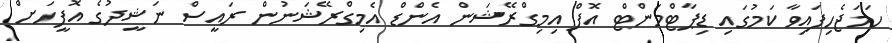
ހަމަޖެހިފައިވާ ކަމުގައި ޑިޕާޓްމަންޓް އޮފް އިމިގްރޭޝަން އެންޑް އެމިގްރޭޝަނުން ރައީސް ނަޝީދުގެ އޮފީހަށް